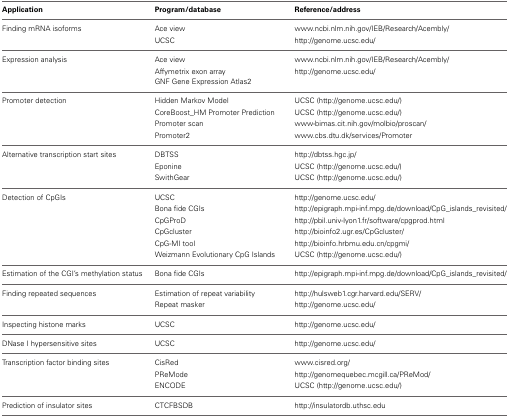
<table><thead><tr><td><b>Application</b></td><td><b>Program/database</b></td><td><b>Reference/address</b></td></tr></thead><tbody><tr><td>Finding mRNA isoforms</td><td>Ace view</td><td>www.ncbi.nlm.nih.gov/IEB/Research/Acembly/</td></tr><tr><td></td><td>UCSC</td><td>http://genome.ucsc.edu/</td></tr><tr><td>Expression analysis</td><td>Ace view</td><td>www.ncbi.nlm.nih.gov/IEB/Research/Acembly/</td></tr><tr><td></td><td>Affymetrix exon array GNF Gene Expression Atlas2</td><td>http://genome.ucsc.edu/</td></tr><tr><td>Promoter detection</td><td>Hidden Markov Model</td><td>UCSC (http://genome.ucsc.edu/)</td></tr><tr><td></td><td>CoreBoost_HM Promoter Prediction</td><td>UCSC (http://genome.ucsc.edu/)</td></tr><tr><td></td><td>Promoter scan</td><td>www-bimas.cit.nih.gov/molbio/proscan/</td></tr><tr><td></td><td>Promoter2</td><td>www.cbs.dtu.dk/services/Promoter</td></tr><tr><td>Alternative transcription start sites</td><td>DBTSS</td><td>http://dbtss.hgc.jp/</td></tr><tr><td></td><td>Eponine</td><td>UCSC (http://genome.ucsc.edu/)</td></tr><tr><td></td><td>SwithGear</td><td>UCSC (http://genome.ucsc.edu/)</td></tr><tr><td>Detection of CpGIs</td><td>UCSC</td><td>http://genome.ucsc.edu/</td></tr><tr><td></td><td>Bona fide CGIs</td><td>http://epigraph.mpi-inf.mpg.de/download/CpG_islands_revisited/</td></tr><tr><td></td><td>CpGProD</td><td>http://pbil.univ-lyon1.fr/software/cpgprod.html</td></tr><tr><td></td><td>CpGcluster</td><td>http://bioinfo2.ugr.es/CpGcluster/</td></tr><tr><td></td><td>CpG-MI tool</td><td>http://bioinfo.hrbmu.edu.cn/cpgmi/</td></tr><tr><td></td><td>Weizmann Evolutionary CpG Islands</td><td>UCSC (http://genome.ucsc.edu/)</td></tr><tr><td>Estimation of the CGI&#x27;s methylation status</td><td>Bona fide CGIs</td><td>http://epigraph.mpi-inf.mpg.de/download/CpG_islands_revisited/</td></tr><tr><td>Finding repeated sequences</td><td>Estimation of repeat variability</td><td>http://hulsweb1.cgr.harvard.edu/SERV/</td></tr><tr><td></td><td>Repeat masker</td><td>http://genome.ucsc.edu/</td></tr><tr><td>Inspecting histone marks</td><td>UCSC</td><td>http://genome.ucsc.edu/</td></tr><tr><td>DNase I hypersensitive sites</td><td>UCSC</td><td>http://genome.ucsc.edu/</td></tr><tr><td>Transcription factor binding sites</td><td>CisRed</td><td>www.cisred.org/</td></tr><tr><td></td><td>PReMode</td><td>http://genomequebec.mcgill.ca/PReMod/</td></tr><tr><td></td><td>ENCODE</td><td>UCSC (http://genome.ucsc.edu/)</td></tr><tr><td>Prediction of insulator sites</td><td>CTCFBSDB</td><td>http://insulatordb.uthsc.edu</td></tr></tbody></table>